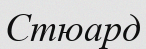
Стюард